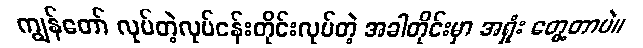
ကျွန်တော် လုပ်တဲ့လုပ်ငန်းတိုင်းလုပ်တဲ့ အခါတိုင်းမှာ အရှုံး တွေ့တာပဲ။